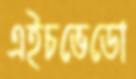
এইচভেডো